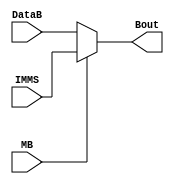
module muxMB(MB, DataB, IMMS, Bout);
	input MB;
	input [7:0] IMMS;
	input [7:0] DataB;
	
	output [7:0] Bout;
	
	assign Bout = (MB == 1'b0) ? DataB : IMMS;

endmodule